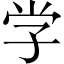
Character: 学